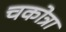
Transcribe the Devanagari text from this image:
चकोत्रा